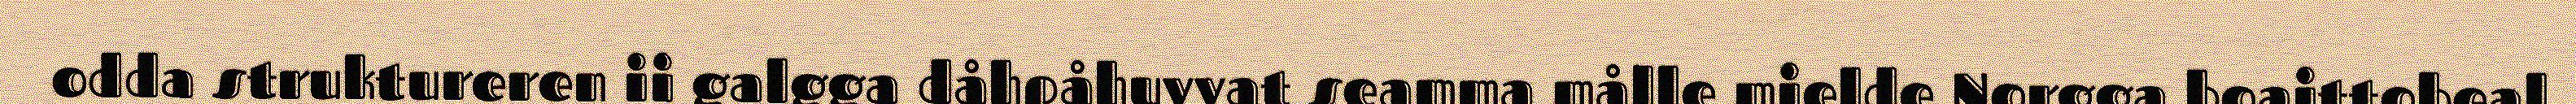
odda struktureren ii galgga dåhpåhuvvat seamma målle mielde Norgga boaittobeal